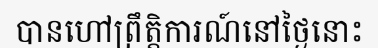
បានហៅព្រឹត្តិការណ៍នៅថ្ងៃនោះ